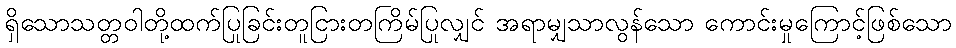
ရှိသောသတ္တဝါတို့ထက်ပြုခြင်းတူငြားတကြိမ်ပြုလျှင် အရာမျှသာလွန်သော ကောင်းမှုကြောင့်ဖြစ်သော